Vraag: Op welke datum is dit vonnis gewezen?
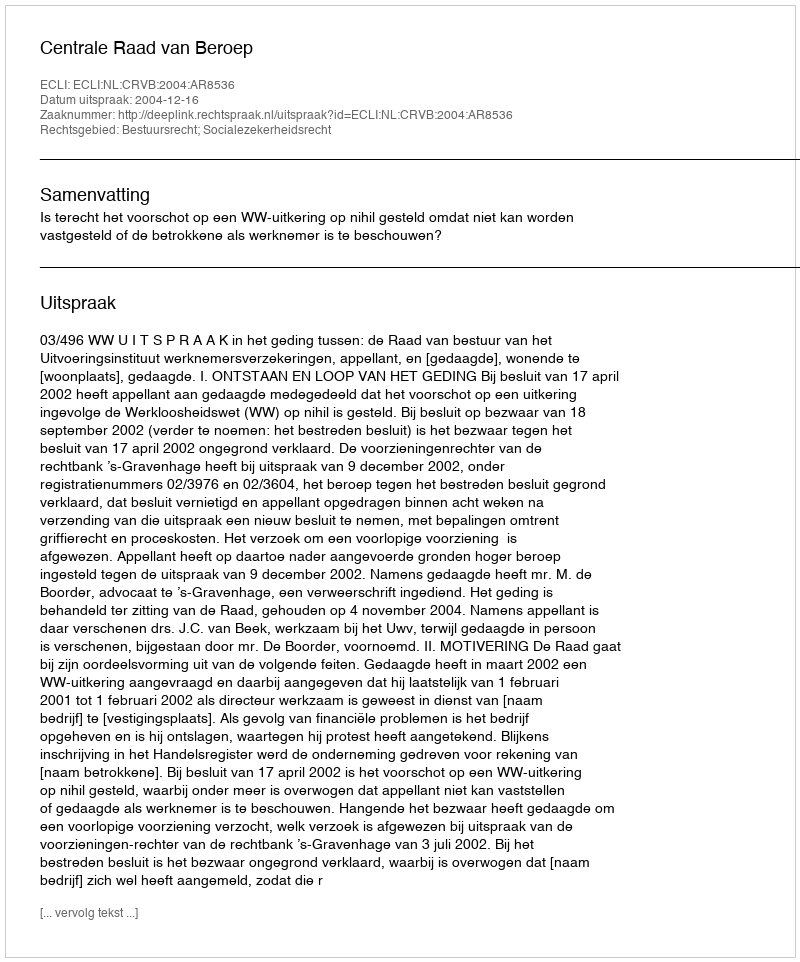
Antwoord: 2004-12-16